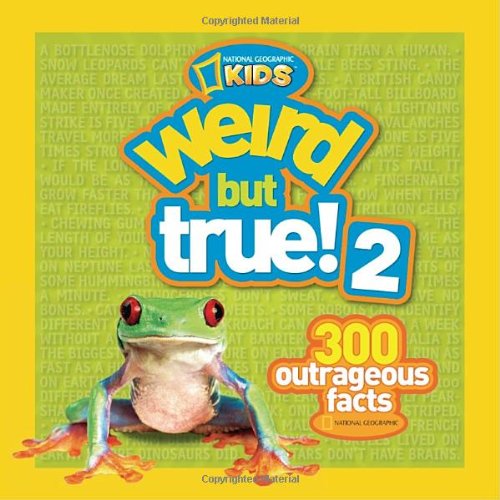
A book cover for Weird but True! 2: 300 Outrageous Facts; National Geographic Kids; Children's Books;